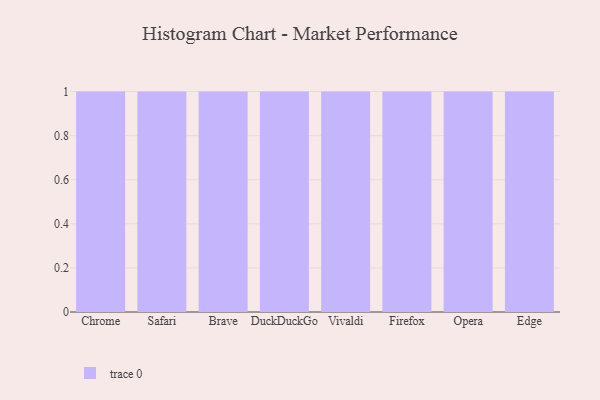
{"axis": {"x": "Browser", "y": "Gross Profit (USD K)"}, "legend": [""], "data": [{"x": "Chrome", "y": 35, "type": ""}, {"x": "Safari", "y": 86, "type": ""}, {"x": "Brave", "y": 55, "type": ""}, {"x": "DuckDuckGo", "y": 97, "type": ""}, {"x": "Vivaldi", "y": 19, "type": ""}, {"x": "Firefox", "y": 18, "type": ""}, {"x": "Opera", "y": 37, "type": ""}, {"x": "Edge", "y": 87, "type": ""}]}